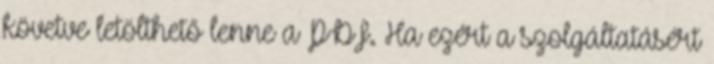
követve letölthető lenne a PDF. Ha ezért a szolgáltatásért